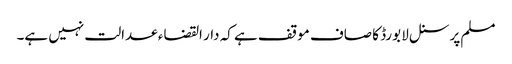
مسلم پرسنل لا بورڈ کا صاف موقف ہے کہ دار القضاء عدالت نہیں ہے۔